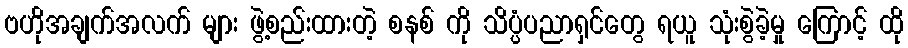
ဗဟိုအချက်အလက် များ ဖွဲ့စည်းထားတဲ့ စနစ် ကို သိပ္ပံပညာရှင်တွေ ရယူ သုံးစွဲခဲ့မှု ကြောင့် ထို